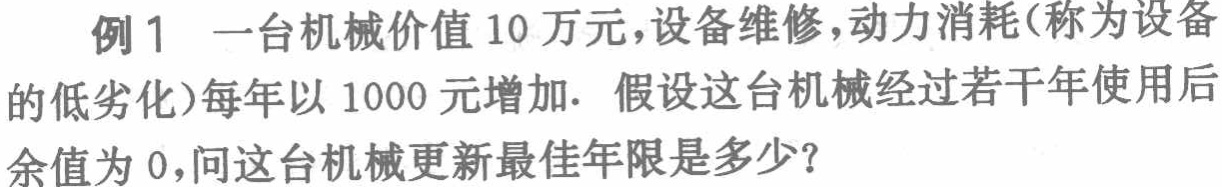
例1 一台机械价值10万元，设备维修，动力消耗(称为设备的低劣化)每年以1000元增加. 假设这台机械经过若干年使用后余值为0，问这台机械更新最佳年限是多少？